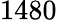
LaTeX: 1480